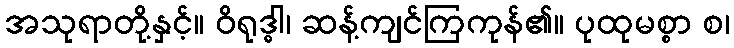
အသုရာတို့နှင့်။ ဝိရုဒ္ဓါ၊ ဆန့်ကျင်ကြကုန်၏။ ပုထုမစ္စာ စ၊